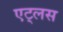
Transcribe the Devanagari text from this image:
एट्लस